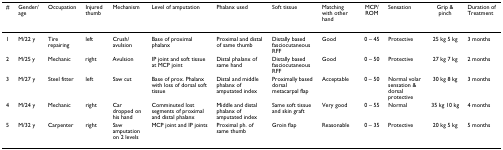
<table><thead><tr><td><b>#</b></td><td><b>Gender/age</b></td><td><b>Occupation</b></td><td><b>Injured thumb</b></td><td><b>Mechanism</b></td><td><b>Level of amputation</b></td><td><b>Phalanx used</b></td><td><b>Soft tissue</b></td><td><b>Matching with other hand</b></td><td><b>MCP/ROM</b></td><td><b>Sensation</b></td><td><b>Grip &amp; pinch</b></td><td><b>Duration of Treatment</b></td></tr></thead><tbody><tr><td>1</td><td>M/22 y</td><td>Tire repairing</td><td>left</td><td>Crush/avulsion</td><td>Base of proximal phalanx</td><td>Proximal and distal of same thumb</td><td>Distally based fasciocutaneous RFF</td><td>Good</td><td>0 – 45</td><td>Protective</td><td>25 kg 5 kg</td><td>3 months</td></tr><tr><td>2</td><td>M/25 y</td><td>Mechanic</td><td>right</td><td>Avulsion</td><td>IP joint and soft tissue at MCP joint</td><td>Distal phalanx of same hand</td><td>Distally based fasciocutaneous RFF</td><td>Good</td><td>0 – 50</td><td>Protective</td><td>27 kg 7 kg</td><td>2 months</td></tr><tr><td>3</td><td>M/27 y</td><td>Steel fitter</td><td>left</td><td>Saw cut</td><td>Base of prox. Phalanx with loss of dorsal soft tissue</td><td>Distal and middle phalanx of amputated index</td><td>Proximally based dorsal metacarpal flap</td><td>Acceptable</td><td>0 – 50</td><td>Normal volar sensation &amp; dorsal protective</td><td>30 kg 8 kg</td><td>3 months</td></tr><tr><td>4</td><td>M/24 y</td><td>Mechanic</td><td>right</td><td>Car dropped on his hand</td><td>Comminuted lost segments of proximal and distal phalanx</td><td>Middle and distal phalanx of amputated index</td><td>Same soft tissue and skin graft</td><td>Very good</td><td>0 – 55</td><td>Normal</td><td>35 kg 10 kg</td><td>4 months</td></tr><tr><td>5</td><td>M/32 y</td><td>Carpenter</td><td>right</td><td>Saw amputation on 2 levels</td><td>MCP joint and IP joints</td><td>Proximal ph. of same thumb</td><td>Groin flap</td><td>Reasonable</td><td>0 – 35</td><td>Protective</td><td>20 kg 5 kg</td><td>5 months</td></tr></tbody></table>